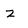
Character: Z